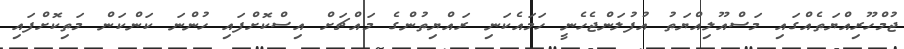
ޖުމްހޫރިއްޔަތެއްގައި މަސްއޫލިއްޔަތު އުފުލަންޖެހެނީ ހަމައެކަނި ރައްޔިތުންގެ މައްޗަށް އިސްކޮށްފައި ހުންނަ ކަންކަން މަތިކޮށްފައި